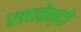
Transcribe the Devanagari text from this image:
राघवेन्दो